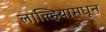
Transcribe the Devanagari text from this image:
लात्व्हियामधून